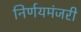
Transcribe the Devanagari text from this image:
निर्णयमंजरी